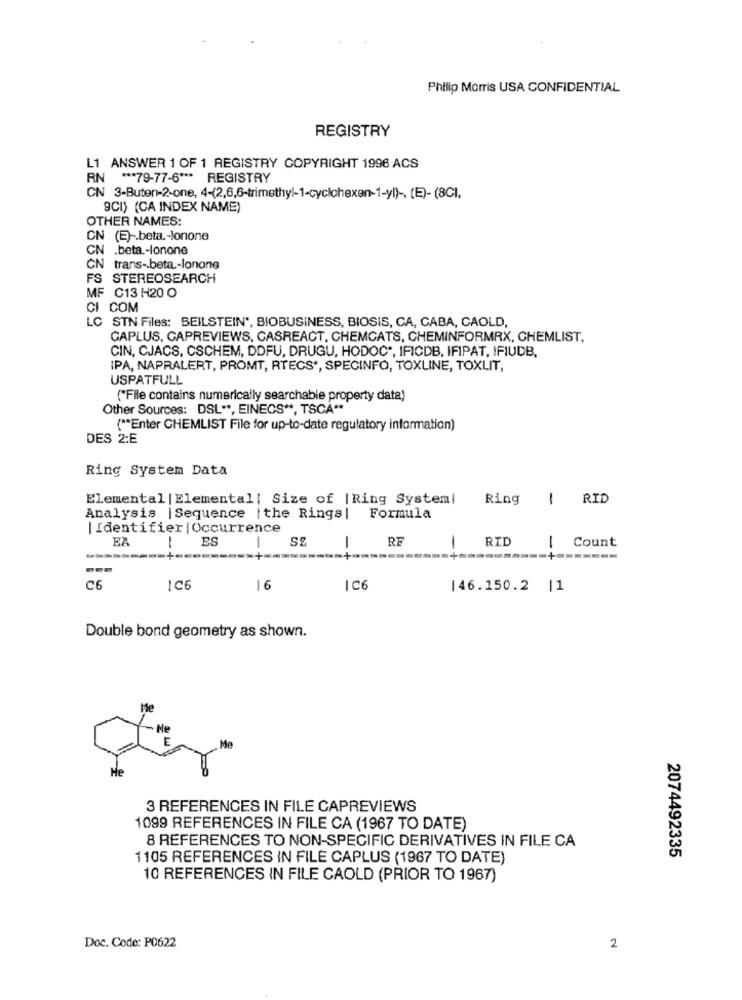
Philip Morris USA CONFIDENTIAL
REGISTRY
L1 ANSWER 1 OF 1 REGISTRY COPYRIGHT 1996 ACS
RN *** 79-77-6 *** REGISTRY
CN 3-Buten-2-one, 4-(2,6,6-trimethyl-1-cyclohexen-1-yl) -. (E)-(8CI,
9CI) (CA INDEX NAME)
OTHER NAMES:
CN (E) -. beta .- lonone
CN .beta .- lonone
CN trans -. beta .- lonone
FS STEREOSEARCH
MF C13 H20 O
CI COM
LC STN Files: BEILSTEIN", BIOBUSINESS, BIOSIS, CA, CABA, CAOLD,
GAPLUS, GAPREVIEWS, CASREACT, GHEMCATS, CHEMINFORMRX, CHEMLIST,
CIN, CJACS, CSCHEM, DDFU, DRUGU, HODOC *, IFICDB, IFIPAT, IFIUDB.
IPA, NAPRALERT, PROMT, RTECS', SPECINFO, TOXLINE, TOXLIT,
USPATFULL
("File contains numerically searchable property data)
Other Sources: DSL **, EINECS **, TSCA **
( ** Enter CHEMLIST File for up-to-date regulatory information)
DES 2:E
Ring System Data
Elemental | Elemental| Size of |Ring System!
Ring
RID
-
Analysis |Sequence |the Rings|
Formula
|Identifier | Occurrence
EA
1
ES
SZ
RF
1
RID
--
| Count
-+ -------
C6
IC6
16
106
146.150.2 |1
Double bond geometry as shown.
Me
f- Me
Me
He
3 REFERENCES IN FILE CAPREVIEWS
1099 REFERENCES IN FILE CA (1967 TO DATE)
8 REFERENCES TO NON-SPECIFIC DERIVATIVES IN FILE CA
1105 REFERENCES IN FILE CAPLUS (1967 TO DATE)
2074492335
10 REFERENCES IN FILE CAOLD (PRIOR TO 1967)
Doc. Code: P0622
2